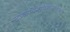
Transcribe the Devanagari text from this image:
उज्जयिनीपुरवराधीश्वर